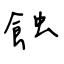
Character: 蝕